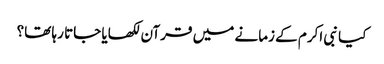
کیا نبی اکرم کے زمانے میں‌ قرآن لکھایا جاتا رہا تھا؟